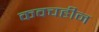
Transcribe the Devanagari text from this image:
कवचहीन